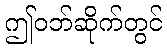
ဤဝဘ်ဆိုက်တွင်